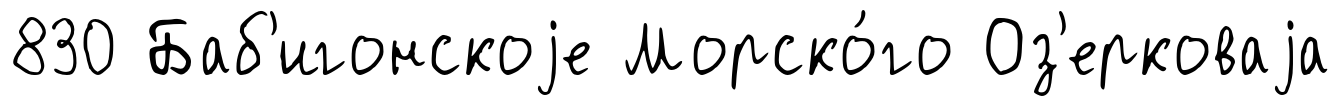
830 Баб'игонскоjе Морско́го Оз'ерковаjа